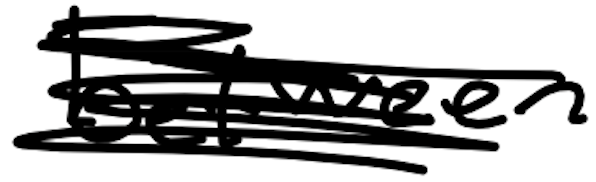
Text: between
Cross-out: scratch
Writing tool: digital_black